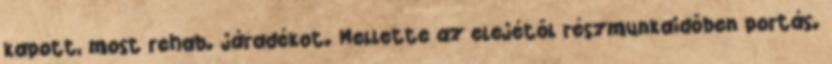
kapott, most rehab. járadékot. Mellette az elejétől részmunkaidőben portás.